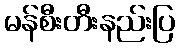
မန်စီးတီးနည်းပြ